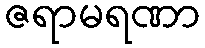
ဇရာမရဏာ